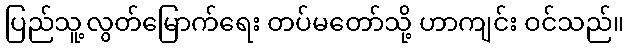
ပြည်သူ့လွတ်မြောက်ရေး တပ်မတော်သို့ ဟာကျင်း ဝင်သည်။